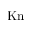
\mathrm { K n }